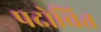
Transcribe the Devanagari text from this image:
पदोचित